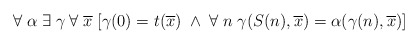
\begin{align*}\forall \; \alpha \; \exists \; \gamma \; \forall \; \overline{x} \; [\gamma(0) =t(\overline{x}) \; \wedge \; \forall \; n \; \gamma(S(n), \overline{x})=\alpha(\gamma(n), \overline{x})]\end{align*}